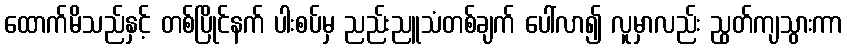
ထောက်မိသည်နှင့် တစ်ပြိုင်နက် ပါးစပ်မှ ညည်းညူသံတစ်ချက် ပေါ်လာ၍ လူမှာလည်း ညွတ်ကျသွားကာ